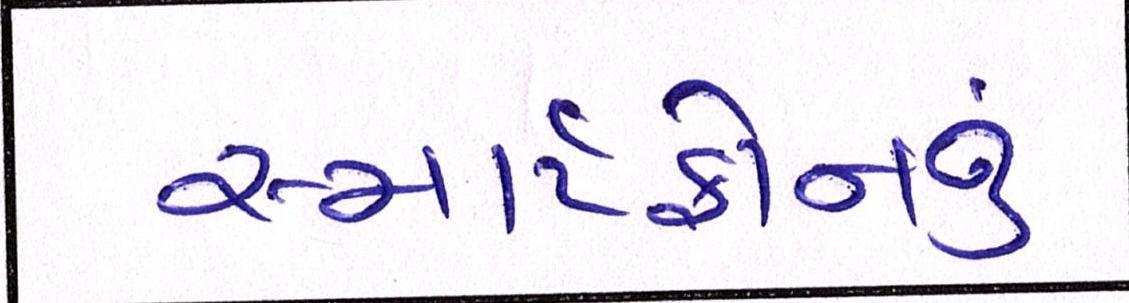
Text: સ્માર્ટફોનનું